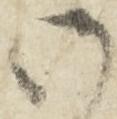
御